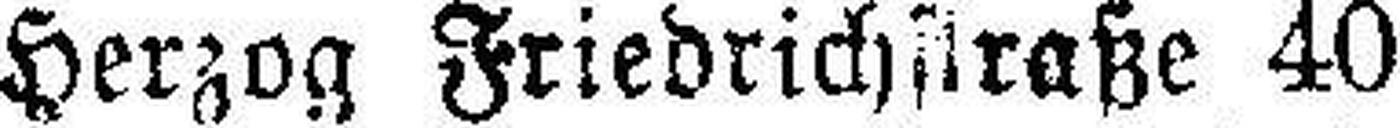
Herzog Friedrichstraße 40